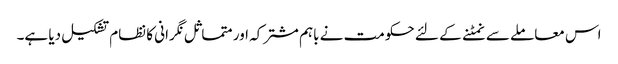
اس معاملے سے نمٹنے کے لئے حکومت نے باہم مشترکہ اور متماثل نگرانی کا نظام تشکیل دیا ہے۔